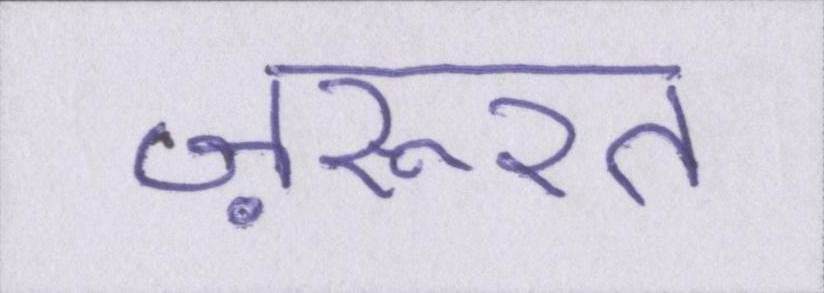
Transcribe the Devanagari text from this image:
ज़रूरत